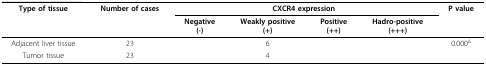
<table><thead><tr><td><b>Type of tissue</b></td><td><b>Number of cases</b></td><td colspan="4"><b>CXCR4 expression</b></td><td><b>P value</b></td></tr><tr><td>[EMPTY_CELL]</td><td>[EMPTY_CELL]</td><td><b>Negative(-)</b></td><td><b>Weakly positive(+)</b></td><td><b>Positive(++)</b></td><td><b>Hadro-positive(+++)</b></td><td>[EMPTY_CELL]</td></tr></thead><tbody><tr><td>Adjacent liver tissue</td><td>23</td><td>[EMPTY_CELL]</td><td>6</td><td>[EMPTY_CELL]</td><td>[EMPTY_CELL]</td><td>0.000<sup>Δ</sup></td></tr><tr><td>Tumor tissue</td><td>23</td><td>[EMPTY_CELL]</td><td>4</td><td>[EMPTY_CELL]</td><td>[EMPTY_CELL]</td><td>[EMPTY_CELL]</td></tr></tbody></table>